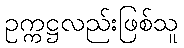
ဥက္ကဋ္ဌလည်းဖြစ်သူ